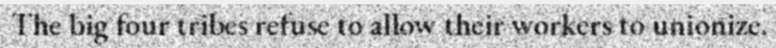
The big four tribes refuse to allow their workers to unionize.